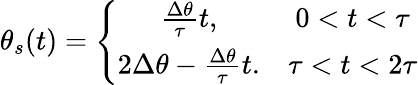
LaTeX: \theta_{s}(t)=\left\lbrace\begin{array}{cc}{\frac{\Delta\theta}{\tau}t,}&{0<t<\tau}\\ {2\Delta\theta-\frac{\Delta\theta}{\tau}t.}&{\tau<t<2\tau}\end{array}\right.